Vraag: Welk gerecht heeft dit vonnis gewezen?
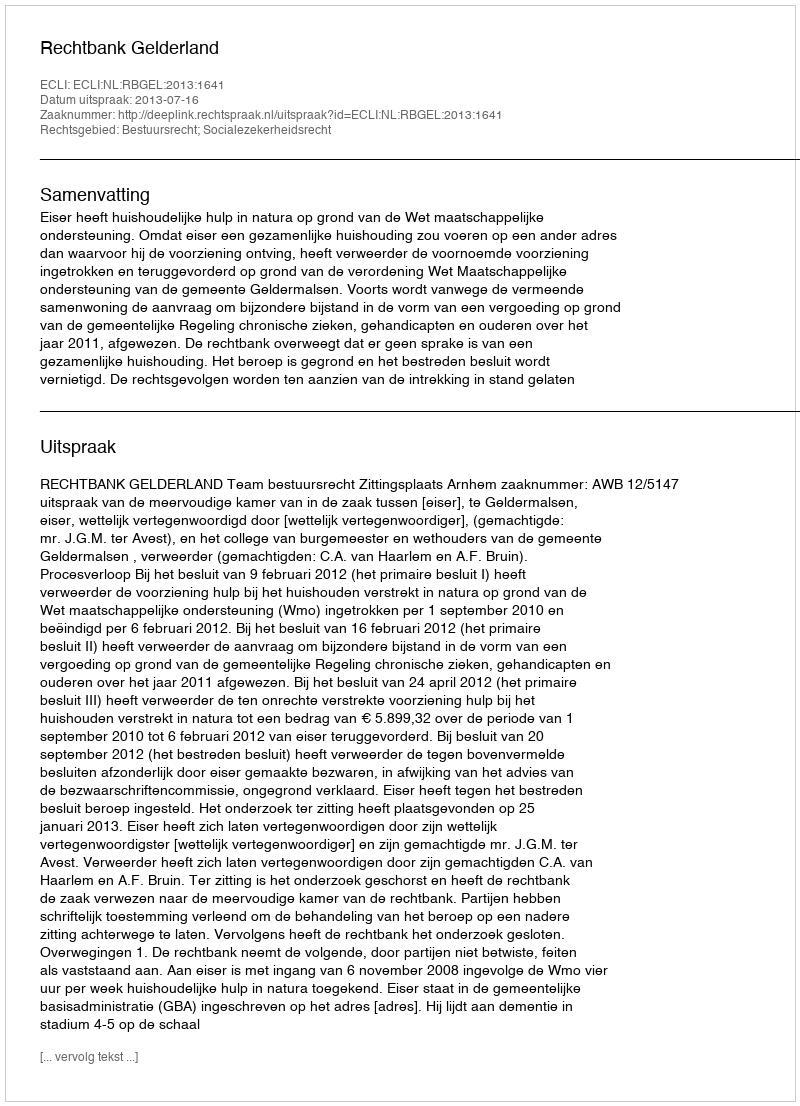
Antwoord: Rechtbank Gelderland